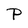
Character: P